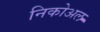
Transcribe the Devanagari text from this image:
निकोअल